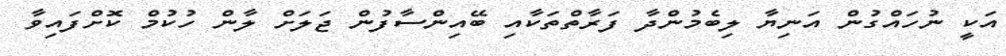
އަކީ ނުހައްގުން އަނިޔާ ލިބެމުންދާ ފަރާތްތަކާއި ބޭއިންސާފުން ޖަލަށް ލާން ހުކުމް ކޮށްފައިވާ